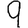
Digit: 9